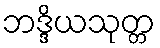
ဘဒ္ဒိယသုတ္တ